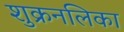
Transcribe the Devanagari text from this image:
शुक्रनलिका